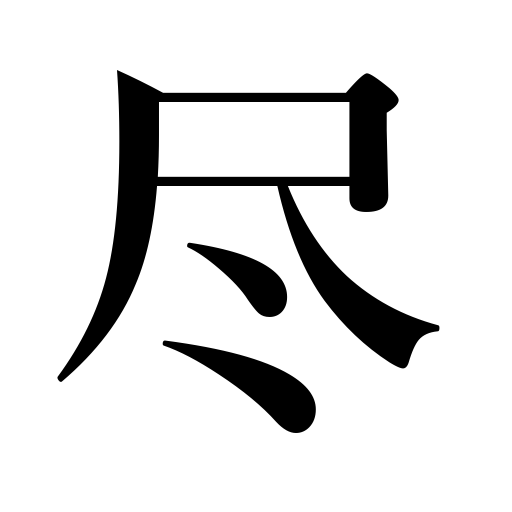
Meanings: spend,end,serve,run out of,use up,last day of the month,work for,endeavor,exhaust,become exhausted,be consumed,do one's duty,befriend